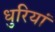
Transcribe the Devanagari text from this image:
धुरियां